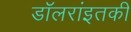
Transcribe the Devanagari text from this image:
डॉलरांइतकी